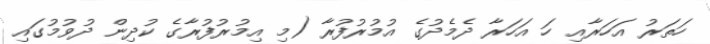
ހަތަރު އަހަރާއި ހަ އަހަރާ ދެމެދުގެ އުމުރުފުރާ (މި އިމުރުފުރާގެ ކުދިން ދުވުމުގައި